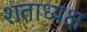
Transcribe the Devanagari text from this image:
शताध्यक्ष